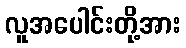
လူအပေါင်းတို့အား